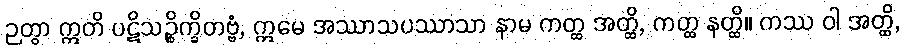
ဉတွာ ဣတိ ပဋိသဉ္စိက္ခိတဗ္ဗံ, ဣမေ အဿာသပဿာသာ နာမ ကတ္ထ အတ္ထိ, ကတ္ထ နတ္ထိ။ ကဿ ဝါ အတ္ထိ,